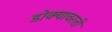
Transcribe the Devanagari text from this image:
डोक्यावरती